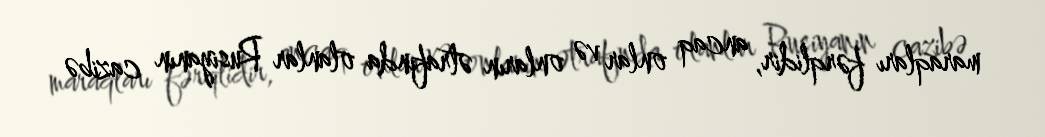
maraqları fərqlidir, ancaq onlar və onların ətrafında olanlar Rusiyanın cazibə